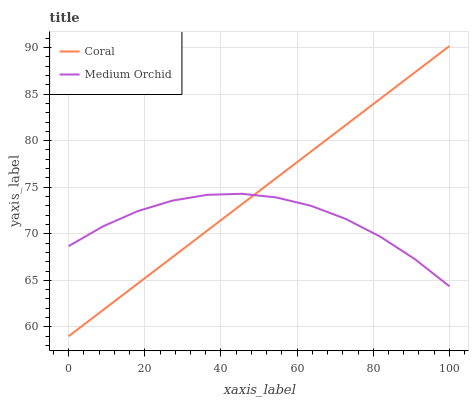
| xaxis_label | Coral | Medium Orchid |
 | --- | --- | --- |
 | 0 | 59 | 68.7 |
 | 9.09 | 61.8 | 70.8 |
 | 18.2 | 64.7 | 72.4 |
 | 27.3 | 67.5 | 73.6 |
 | 36.4 | 70.3 | 74.2 |
 | 45.5 | 73.2 | 74.3 |
 | 54.5 | 76 | 73.9 |
 | 63.6 | 78.8 | 73 |
 | 72.7 | 81.7 | 71.6 |
 | 81.8 | 84.5 | 69.7 |
 | 90.9 | 87.3 | 67.3 |
 | 100 | 90.2 | 64.4 |